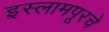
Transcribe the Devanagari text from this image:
इस्लामपूरचे